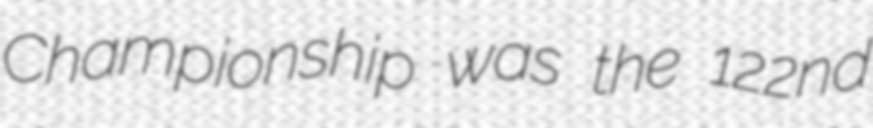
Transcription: Championship was the 122nd